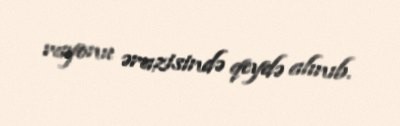
rayonu ərazisində qeydə alınıb.